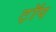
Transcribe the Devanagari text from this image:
ट़ॉप